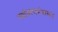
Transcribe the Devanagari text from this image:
पर्यावरणमंत्रालय